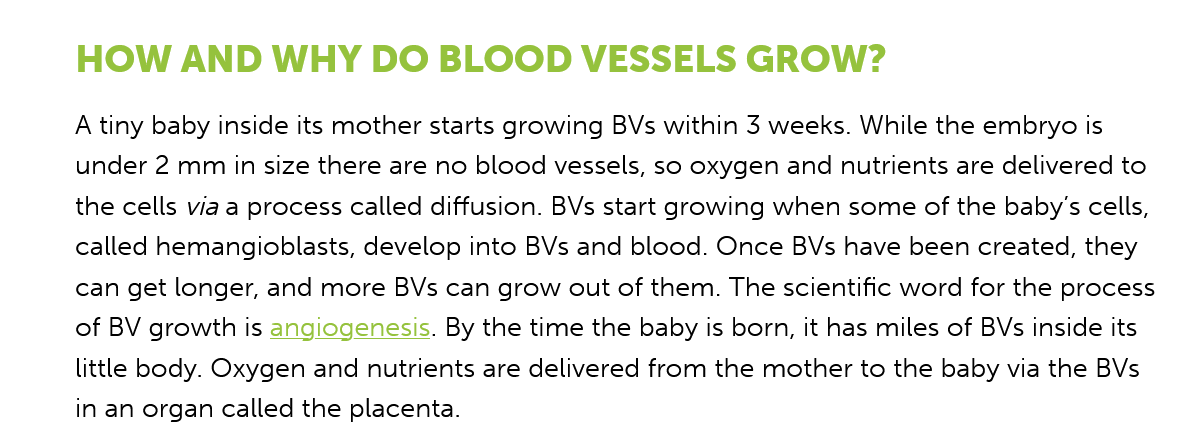
HOW    AND    WHY DO    BLOOD   VESSELS    GROW?
     A tiny baby inside its mother starts growing BVs within 3 weeks. While the embryo is
     under 2 mm in size there are no blood vessels, so oxygen and nutrients are delivered to
     the cells via a process called diffusion. BVs start growing when some of the baby’s cells,
     called hemangioblasts, develop into BVs and blood. Once BVs have been created, they
     can get longer, and more BVs can grow out of them. The scientific word for the process
     of BV growth is angiogenesis. By the time the baby is born, it has miles of BVs inside its
     little body. Oxygen and nutrients are delivered from the mother to the baby via the BVs
     in an organ called the placenta.